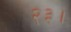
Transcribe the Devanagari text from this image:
२३।